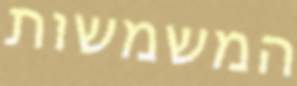
המשמשות